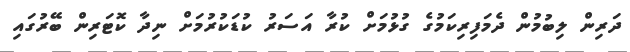
ދަރިން ލިބުމުން ދެމަފިރިކަމުގެ ގުޅުމަށް ކުރާ އަސަރު ކުޑަކުރުމަށް ނިދާ ކޮޓަރިން ބޭރުގައި